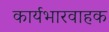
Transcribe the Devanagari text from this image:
कार्यभारवाहक